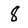
Character: 8